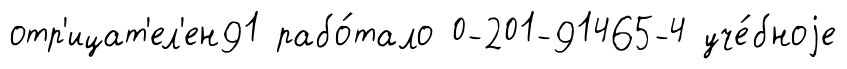
отр'ицат'ел'ен91 рабо́тало 0-201-91465-4 уче́бноjе